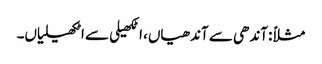
مثلاً :آندھی سے آندھیاں، اٹکھیلی سے اٹکھیلیاں۔